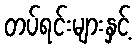
တပ်ရင်းများနှင့်